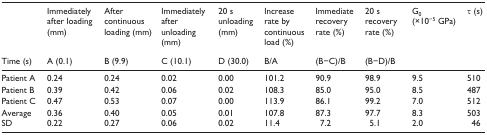
<table><thead><tr><td></td><td><b>Immediately after loading (mm)</b></td><td><b>After continuous loading (mm)</b></td><td><b>Immediately after unloading (mm)</b></td><td><b>20 s unloading (mm)</b></td><td><b>Increase rate by continuous load (%)</b></td><td><b>Immediate recovery rate (%)</b></td><td><b>20 s recovery rate (%)</b></td><td><b>G<sub>0</sub> (×10<sup>−5</sup> GPa)</b></td><td><b>τ (s)</b></td></tr><tr><td><b>Time (s)</b></td><td><b>A (0.1)</b></td><td><b>B (9.9)</b></td><td><b>C (10.1)</b></td><td><b>D (30.0)</b></td><td><b>B/A</b></td><td><b>(B−C)/B</b></td><td><b>(B−D)/B</b></td><td></td><td></td></tr></thead><tbody><tr><td>Patient A</td><td>0.24</td><td>0.24</td><td>0.02</td><td>0.00</td><td>101.2</td><td>90.9</td><td>98.9</td><td>9.5</td><td>510</td></tr><tr><td>Patient B</td><td>0.39</td><td>0.42</td><td>0.06</td><td>0.02</td><td>108.3</td><td>85.0</td><td>95.0</td><td>8.5</td><td>487</td></tr><tr><td>Patient C</td><td>0.47</td><td>0.53</td><td>0.07</td><td>0.00</td><td>113.9</td><td>86.1</td><td>99.2</td><td>7.0</td><td>512</td></tr><tr><td>Average</td><td>0.36</td><td>0.40</td><td>0.05</td><td>0.01</td><td>107.8</td><td>87.3</td><td>97.7</td><td>8.3</td><td>503</td></tr><tr><td>SD</td><td>0.22</td><td>0.27</td><td>0.06</td><td>0.02</td><td>11.4</td><td>7.2</td><td>5.1</td><td>2.0</td><td>46</td></tr></tbody></table>